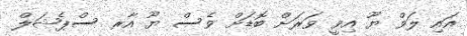
އައި ލަވް ޔޫ އިވީ ވަރަށް ބޮޑަށް ވެސް ޔޫ އާރ ސްޕެޝަލް